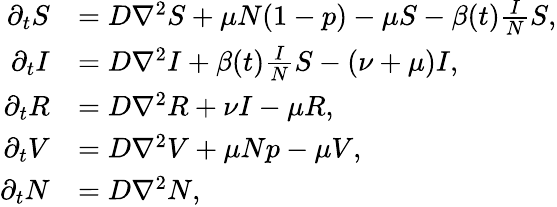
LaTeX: \begin{array}{rl}{\partial_{t}S}&{=D\nabla^{2}S+\mu N(1-p)-\mu S-\beta(t)\frac{I}{N}S,}\\ {\partial_{t}I}&{=D\nabla^{2}I+\beta(t)\frac{I}{N}S-(\nu+\mu)I,}\\ {\partial_{t}R}&{=D\nabla^{2}R+\nu I-\mu R,}\\ {\partial_{t}V}&{=D\nabla^{2}V+\mu Np-\mu V,}\\ {\partial_{t}N}&{=D\nabla^{2}N,}\end{array}